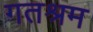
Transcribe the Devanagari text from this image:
गतश्रम